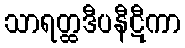
သာရတ္ထဒီပနီဋီကာ